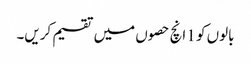
بالوں کو 1 انچ حصوں میں تقسیم کریں۔